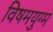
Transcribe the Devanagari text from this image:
विषमयुग्म